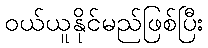
ဝယ်ယူနိုင်မည်ဖြစ်ပြီး